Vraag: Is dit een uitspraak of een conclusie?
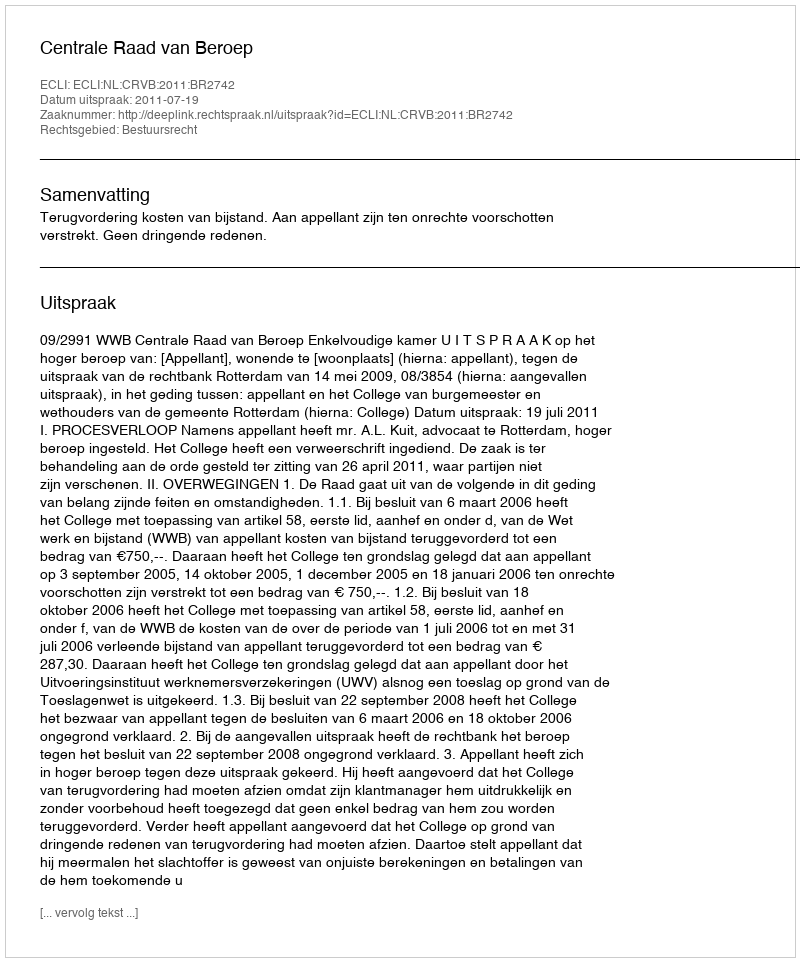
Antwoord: Uitspraak